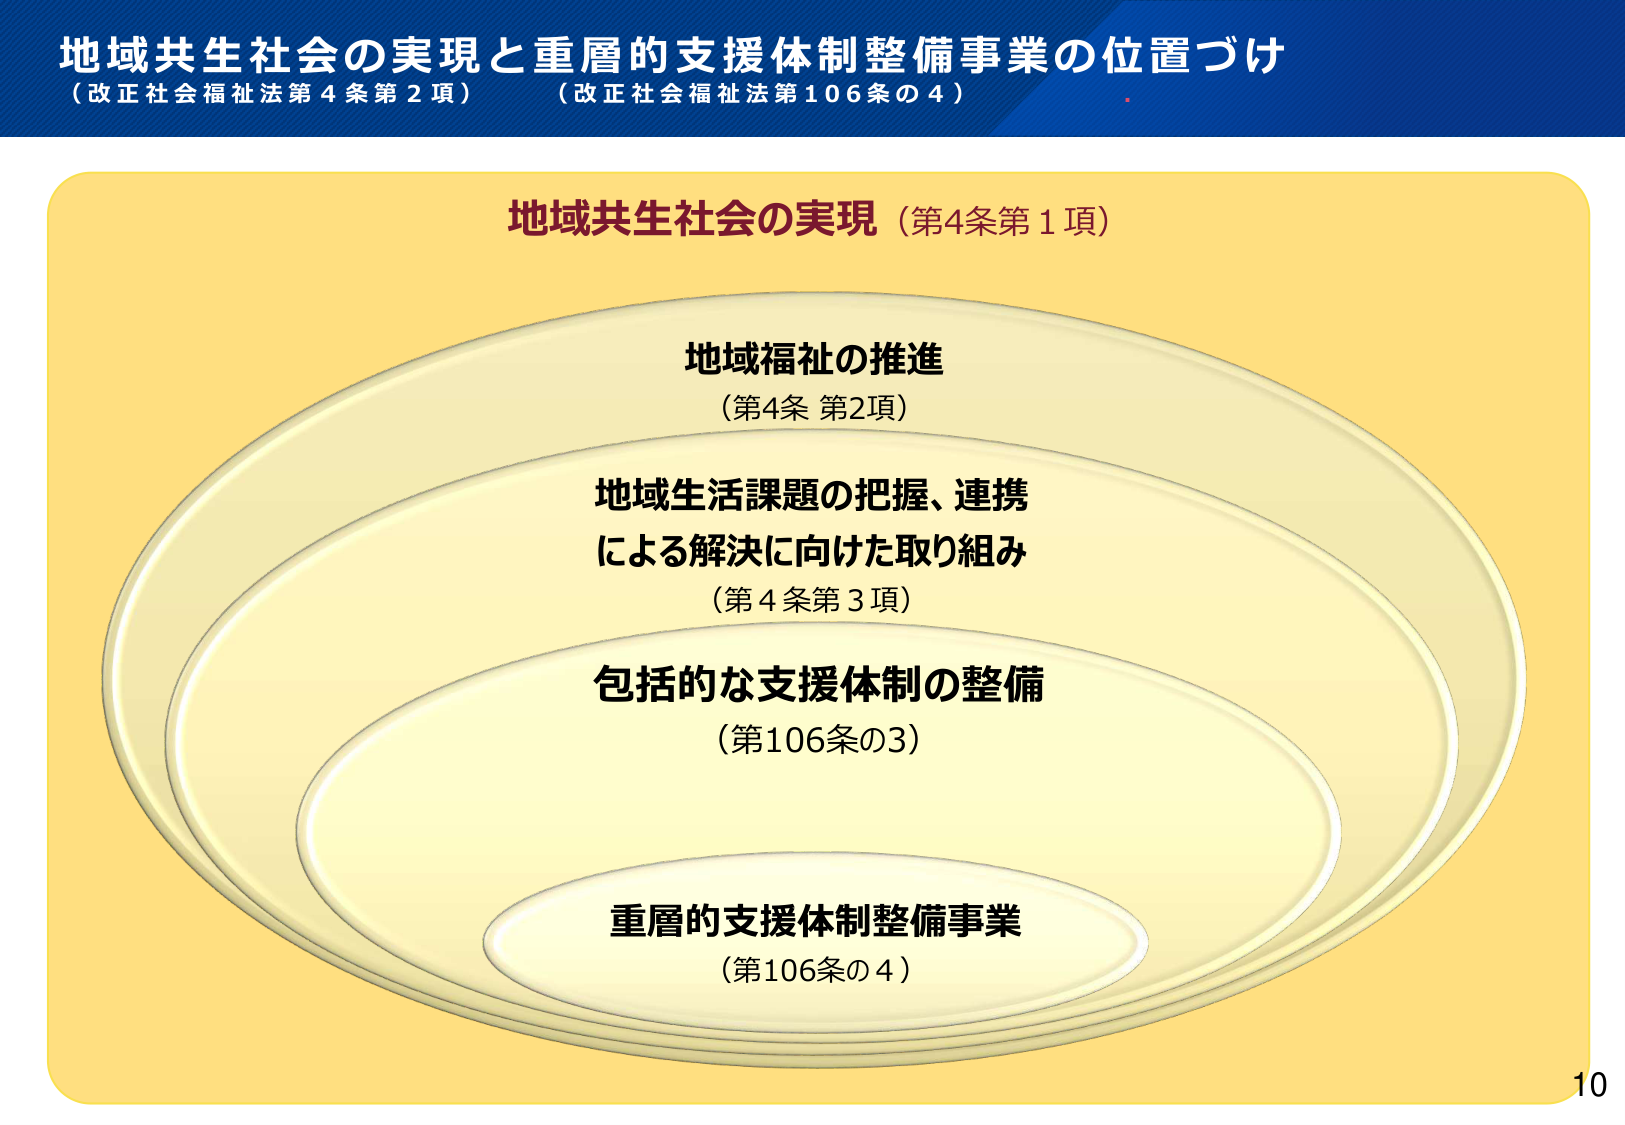
地域共生社会の実現と重層的支援体制整備事業の位置づけ
（改正社会福祉法第4条第2項）（改正社会福祉法第106条の4）

地域共生社会の実現（第4条第1項）

地域福祉の推進
（第4条 第2項）

地域生活課題の把握、連携
による解決に向けた取り組み
（第4条第3項）

包括的な支援体制の整備
（第106条の3）

重層的支援体制整備事業
（第106条の4）

10